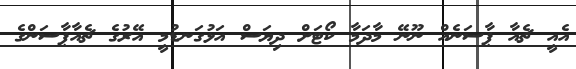
އެއީ ޗެއާ ޕާސަނެއް ނޫނޭ މާދަމާ ކޯޓަށް ދިޔަސް އަޅުގަނޑުމީ އޭރުގެ ޗެއާޕާސަންގެ